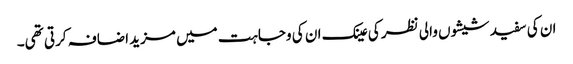
ان کی سفید شیشوں والی نظر کی عینک ان کی وجاہت میں مزید اضافہ کرتی تھی۔